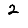
Digit: 2